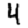
Digit: 4